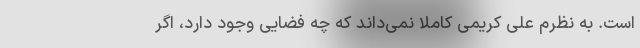
است. به نظرم علی کریمی کاملا نمی‌داند که چه فضایی وجود دارد، اگر